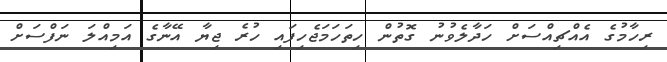
ރިހާމުގެ އެއްޗިއްސަށް ހަދާލެވުނު ގޮތުން ހިތަހަމަޖެހިފައި ހުރެ ޖިޔާ އޭނާގެ އަމިއްލަ ނަފްސަށް